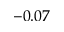
- 0 . 0 7